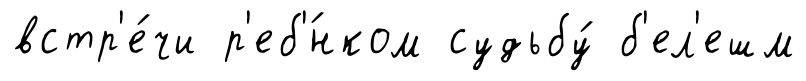
встр'е́чи р'еб'́нком судьбу́ б'ел'ешм